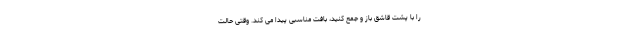
را با پشت قاشق باز و جمع کنید، بافت مناسبی پیدا می کند. وقتی حالت